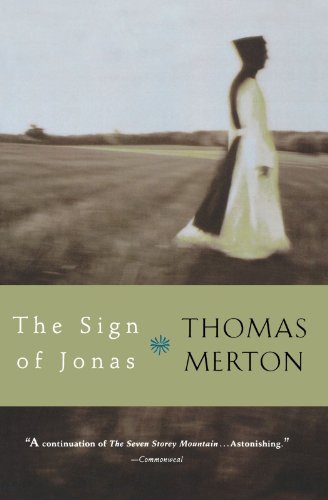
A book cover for The Sign of Jonas; Thomas Merton; Christian Books & Bibles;